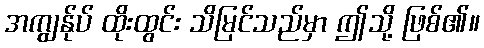
အကျွန်ုပ် ထိုးထွင်း သိမြင်သည်မှာ ဤသို့ ဖြစ်၏။